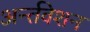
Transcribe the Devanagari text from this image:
अर्न्तवेशन